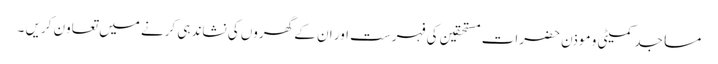
مساجد کمیٹی و موذن حضرات مستحقین کی فہرست اور ان کے گھروں کی نشاندہی کرنے میں تعاون کریں ۔